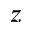
z